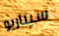
سيناريو